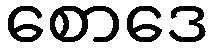
စောဒေ